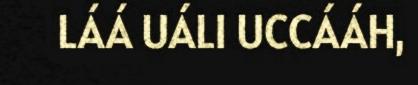
LÁÁ UÁLI UCCÁÁH,